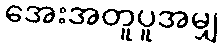
အေးအတူပူအမျှ